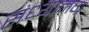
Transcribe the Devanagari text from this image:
संध्यामग्र